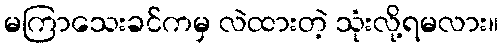
မကြာသေးခင်ကမှ လဲထားတဲ့ သုံးလို့ရမလား။